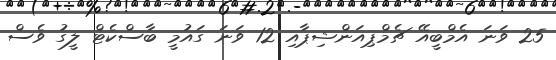
25 ވަނަ އެމްބީއޭ ޗެމްޕިއަންޝިޕާއި 12 ވަނަ ގައުމީ ބާސްކެޓް ލީގު ވެސް